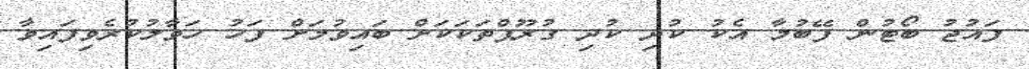
ފައުޖު ބޯޓުން ފޭބުމާ އެކު ކުދި ކުދި ގުރޫޕްތަކަކަށް ބައިވުމަށް ފަހު ހަވާލުކުރެވިފައިވާ